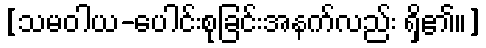
[သမဝါယ-ပေါင်းစုခြင်းအနက်လည်း ရှိ၏။]